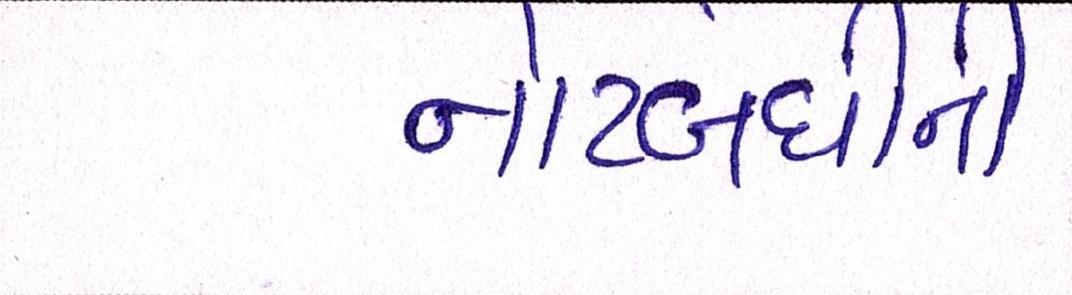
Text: નોટબંધીની